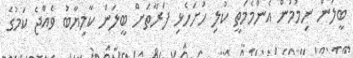
ބީލަން ނިމުމުން އެންމެމަތީ ކުލި ހުށަހެޅި ފަރާތަށް ބީލަން ކާމިޔާބު ވެއްޖެ ކަމުގެ